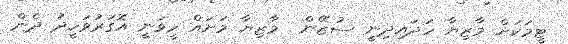
ޓީމަކަށް މާޒިޔާ ހަދައިދިނީ ސުޒޭން  މާޒިޔާ މަށައް ހީވަނީ އޮގަރުވަހީދު ދެން